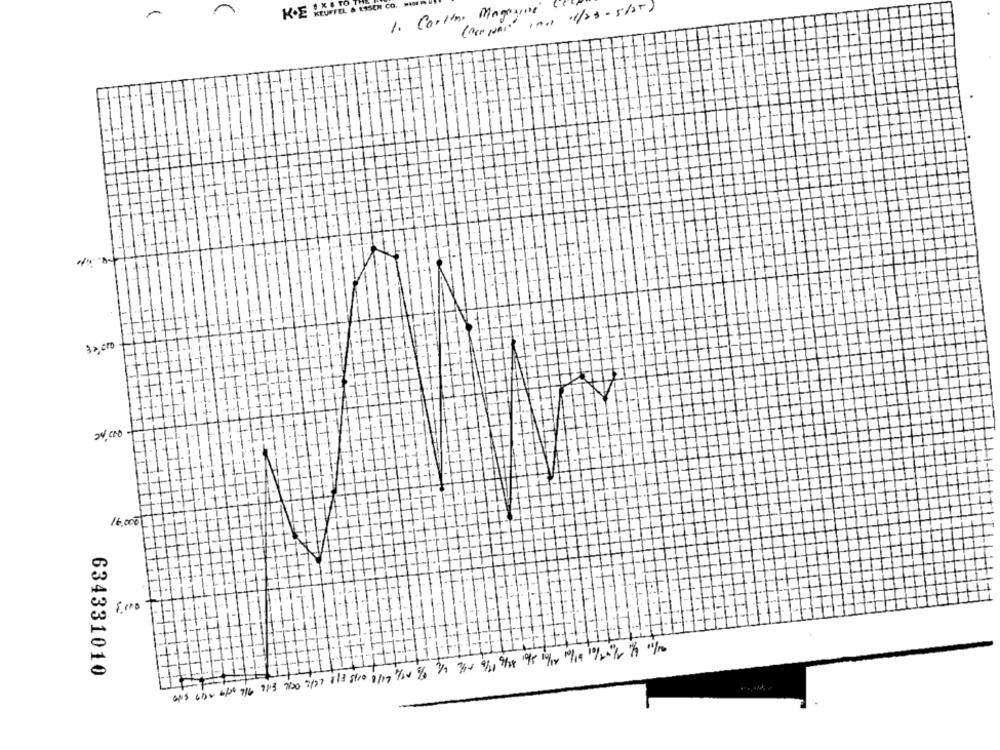
K.E KEUFFEL & ESSER CO,
1. Coolin. Magazine
(Pen pals 1001 11/23 - 5/25)
32 000
16.000
8. 000
634331010